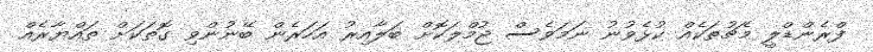
ފްރެންޑްލީ މެޗުތަކެއް ކުޅެވުނު ނަމަވެސް ޖުމްލަކޮށް ބަލާއިރު އަހަރެން ބޭނުންވި ގޮތަކަށް ތައްޔާރެއް